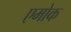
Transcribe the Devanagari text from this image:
एमोक